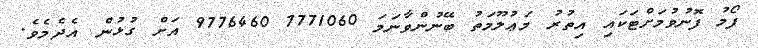
ފޯމު ފޮނުވުމަށްޓަކައި އިތުރު މަޢުލޫމަތު ބޭނުންވާނަމަ 7771060 9776460 އަށް ގުޅުން އެދެމެވެ.